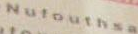
Nufouthsa